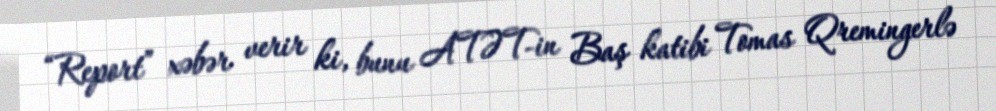
“Report” xəbər verir ki, bunu ATƏT-in Baş katibi Tomas Qremingerlə